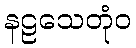
နဠသေတုံဝ